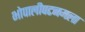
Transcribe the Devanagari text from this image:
भोपालीपटनमला